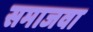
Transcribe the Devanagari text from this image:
समाजवा